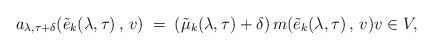
\begin{align*}a_{\lambda, \tau + \delta }(\tilde{e}_k(\lambda, \tau)\, , \, v) \; = \; (\tilde{\mu}_k(\lambda, \tau) + \delta)\, m(\tilde{e}_k(\lambda, \tau)\, , \, v) v\in V,\end{align*}